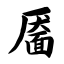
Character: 靥